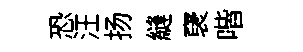
恐汪扬縫裦喈